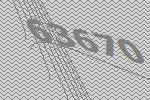
63670